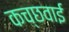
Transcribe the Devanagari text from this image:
कच्छवाई